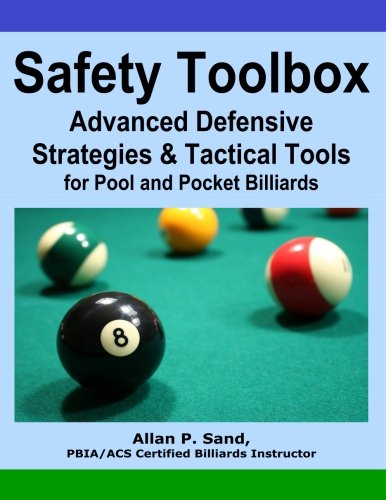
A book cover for Safety Toolbox: Advanced Defensive Strategies & Tactical Tools for Pool & Pocket Billiards; Allan P. Sand; Sports & Outdoors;